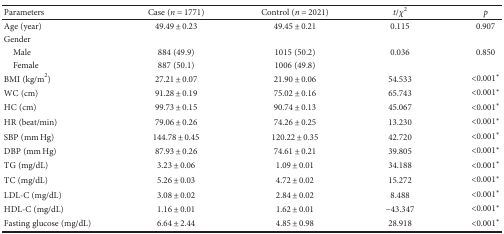
| Parameters | Case (n = 1771) | Control (n = 2021) | t/χ2 | p |
 | --- | --- | --- | --- | --- |
 | Age (year) | 49.49 ± 0.23 | 49.45 ± 0.21 | 0.115 | 0.907 |
 | <COLSPAN=5> Gender |
 | Male | 884 (49.9) | 1015 (50.2) | 0.036 | 0.850 |
 | Female | 887 (50.1) | 1006 (49.8) |  |  |
 | BMI (kg/m2) | 27.21 ± 0.07 | 21.90 ± 0.06 | 54.533 | <0.001∗ |
 | WC (cm) | 91.28 ± 0.19 | 75.02 ± 0.16 | 65.743 | <0.001∗ |
 | HC (cm) | 99.73 ± 0.15 | 90.74 ± 0.13 | 45.067 | <0.001∗ |
 | HR (beat/min) | 79.06 ± 0.26 | 74.26 ± 0.25 | 13.230 | <0.001∗ |
 | SBP (mm Hg) | 144.78 ± 0.45 | 120.22 ± 0.35 | 42.720 | <0.001∗ |
 | DBP (mm Hg) | 87.93 ± 0.26 | 74.61 ± 0.21 | 39.805 | <0.001∗ |
 | TG (mg/dL) | 3.23 ± 0.06 | 1.09 ± 0.01 | 34.188 | <0.001∗ |
 | TC (mg/dL) | 5.26 ± 0.03 | 4.72 ± 0.02 | 15.272 | <0.001∗ |
 | LDL-C (mg/dL) | 3.08 ± 0.02 | 2.84 ± 0.02 | 8.488 | <0.001∗ |
 | HDL-C (mg/dL) | 1.16 ± 0.01 | 1.62 ± 0.01 | −43.347 | <0.001∗ |
 | Fasting glucose (mg/dL) | 6.64 ± 2.44 | 4.85 ± 0.98 | 28.918 | <0.001∗ |